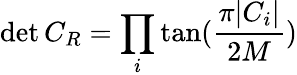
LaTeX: \operatorname*{det}{C_{R}}=\prod_{i}\tan(\frac{\pi|C_{i}|}{2M})